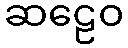
ဆဠေဝ